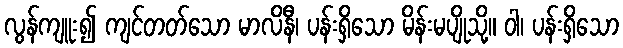
လွန်ကျူး၍ ကျင်တတ်သော မာလိနီ၊ ပန်းရှိသော မိန်းမပျိုသို့။ ဝါ၊ ပန်းရှိသော